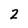
Character: 2